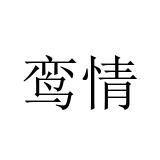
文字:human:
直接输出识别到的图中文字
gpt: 鸾情